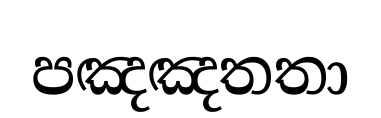
පඤඤතතා